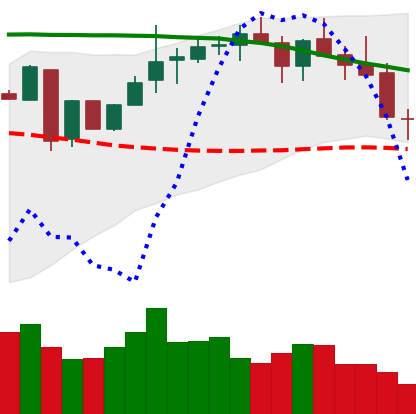
Ticker: LINK-USD
Chart end date: 2018-05-12
Forward return: -4.372%
Label: down_3_5